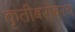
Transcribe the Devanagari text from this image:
कृतीबरोबरच